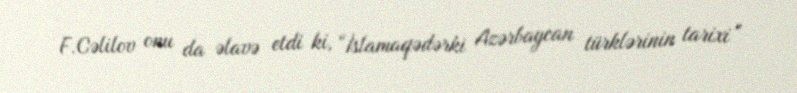
F.Cəlilov onu da əlavə etdi ki, “İslamaqədərki Azərbaycan türklərinin tarixi”